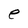
Character: e